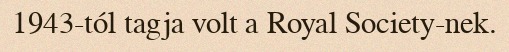
1943-tól tagja volt a Royal Society-nek.